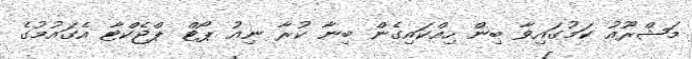
މަޝްރޫއު ކަމުގައިވާ ބިން ހިއްކައިގެން ބިނާ ކުރާ ނިއު ޕޯޓް ޕްޖެކްޓާ އެގައުމުގެ